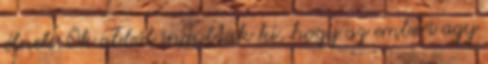
élnek. Õk abból indultak ki, hogy az emberi agy